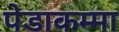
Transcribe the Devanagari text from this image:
पेडाकम्मा